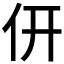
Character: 𠆻